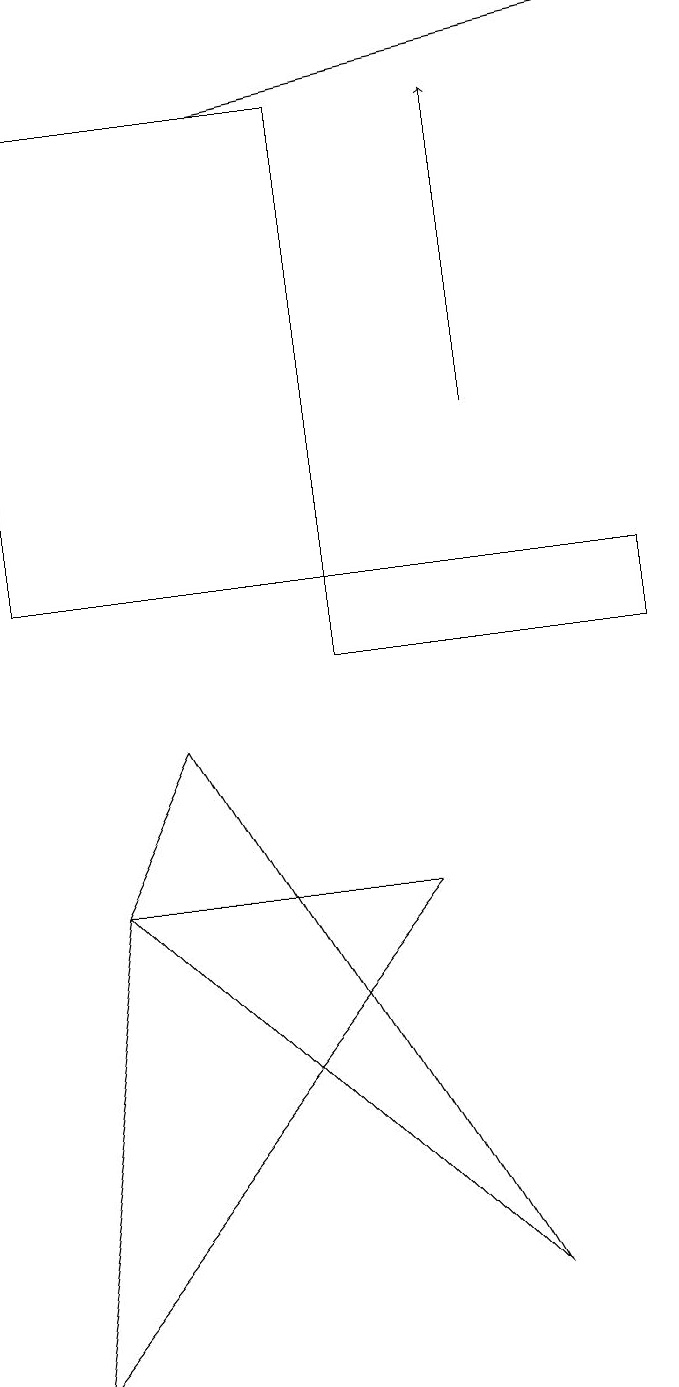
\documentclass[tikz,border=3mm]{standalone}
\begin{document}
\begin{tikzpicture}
\draw[->] (7,13) -- (7,17);
\draw (7,2) -- (3,9) -- (2,7) -- cycle;
\draw[->] (4,17) -- (9,18);
\draw (9,11) rectangle (5,10);
\draw (6,7) -- (2,7) -- (1,1) -- cycle;
\draw (1,11) rectangle (5,17);
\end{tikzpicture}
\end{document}